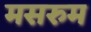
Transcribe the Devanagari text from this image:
मसरुम